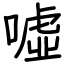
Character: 噓